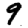
Digit: 9